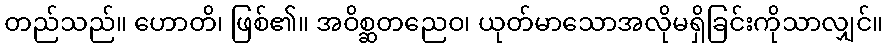
တည်သည်။ ဟောတိ၊ ဖြစ်၏။ အဝိစ္ဆတညေဝ၊ ယုတ်မာသောအလိုမရှိခြင်းကိုသာလျှင်။